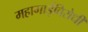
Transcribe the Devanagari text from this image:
महागाईविरोधी